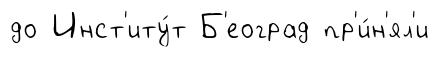
до Инст'иту́т Б'еоград пр'и́н'ял'и